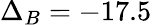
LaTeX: \Delta_{B}=-17.5